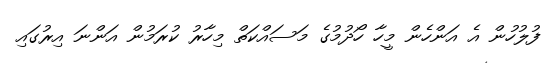
ފުލުހުން އެ އަންހެން މީހާ ހޯދުމުގެ މަސައްކަތް މިހާރު ކުރަމުން އަންނަ އިރުގައި